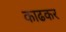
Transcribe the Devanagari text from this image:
काढकर